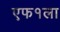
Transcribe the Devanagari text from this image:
एफ१ला